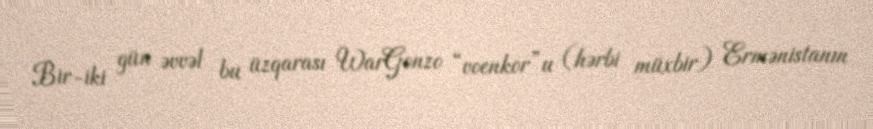
Bir-iki gün əvvəl bu üzqarası WarGonzo “voenkor”u (hərbi müxbir) Ermənistanın